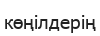
көңілдерің